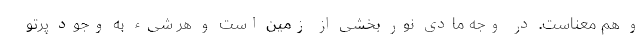
و هم معناست. در وجه مادی نور بخشی از زمین است و هر شیء به وجود پرتو